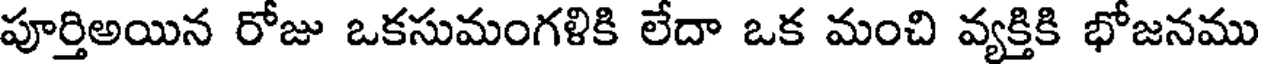
పూర్తిఅయిన రోజు ఒకసుమంగళికి లేదా ఒక మంచి వ్యక్తికి భోజనము